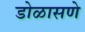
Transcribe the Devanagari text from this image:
डोळासणे